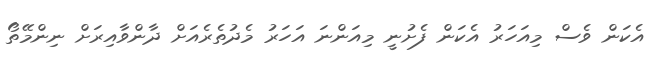
އެކަން ވެސް މިއަހަރު އެކަން ފެށުނީ މިއަންނަ އަހަރު މެދުތެރެއަށް ދާންވާއިރަށް ނިންމޭތޯ